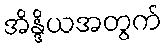
အိန္ဒိယအတွက်